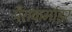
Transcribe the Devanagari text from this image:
पैराकमांडर